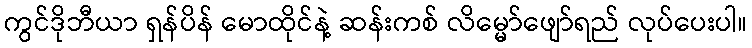
ကွင်ဒိုဘီယာ ရှန်ပိန် မောထိုင်နဲ့ ဆန်းကစ် လိမ္မော်ဖျော်ရည် လုပ်ပေးပါ။